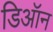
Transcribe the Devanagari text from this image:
डिऑन